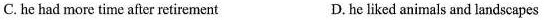
C. he had more time after retirement D. he liked animals and landscapes